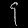
Digit: ၄